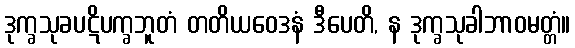
ဒုက္ခသုခပဋိပက္ခဘူတံ တတိယဝေဒနံ ဒီပေတိ, န ဒုက္ခသုခါဘာဝမတ္တံ။